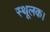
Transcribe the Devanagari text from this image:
स्थूलक।